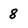
Character: 8